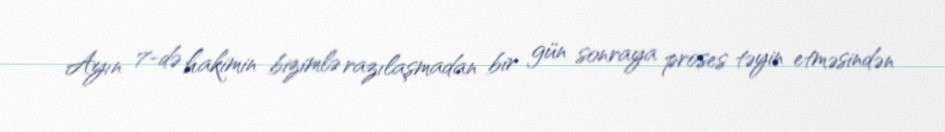
Ayın 7-də hakimin bizimlə razılaşmadan bir gün sonraya proses təyin etməsindən